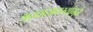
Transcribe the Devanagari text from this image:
श्रद्धासाधर्म्यामुळे